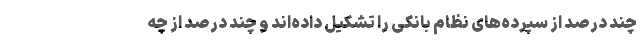
چند درصد از سپرده‌های نظام بانکی را تشکیل داده‌اند و چند درصد از چه